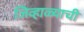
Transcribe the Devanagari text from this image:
जिव्हाळ्याची